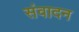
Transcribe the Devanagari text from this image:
संवादन